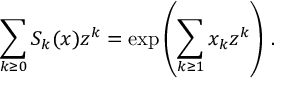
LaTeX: \sum _ { k \geq 0 } S _ { k } ( x ) z ^ { k } = \exp \left( \sum _ { k \geq 1 } x _ { k } z ^ { k } \right) \, .